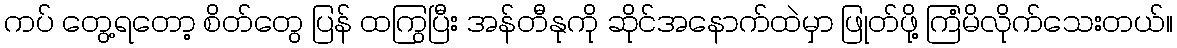
ကပ် တွေ့ရတော့ စိတ်တွေ ပြန် ထကြွပြီး အန်တီနုကို ဆိုင်အနောက်ထဲမှာ ဖြုတ်ဖို့ ကြံမိလိုက်သေးတယ်။